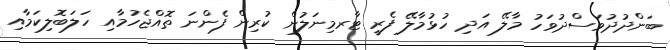
ބަންދުދުވަސްދުވަހު މާލޭ އަދި ހުޅުމާލޭ ފެރީ ޓާރމިނަލުން ކުރިން ފެންނަ ތޮއްޖެހުމާއި ހަލަބޮލިކަމާއި